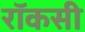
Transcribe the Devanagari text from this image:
रॉकसी